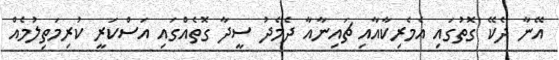
އޭނާ ދެކޭ ގޮތުގައި އެމެރިކާއާއި ޗައިނާއާ ދެމެދު ސީދާ ގޮތެއްގައި އަސްކަރީ ކުރިމަތިލުމެއް